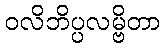
ဝလိဘိပ္ပလမ္ဗိတာ